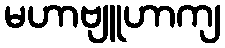
မဟာဗျူဟာကျ